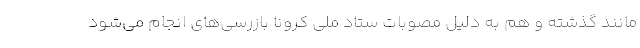
مانند گذشته و هم به دلیل مصوبات ستاد ملی کرونا بازرسی‌های انجام می‌شود